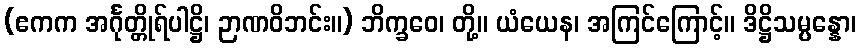
(ဧကက အင်္ဂုတ္တိုရ်ပါဋ္ဌိ၊ ဉာဏဝိဘင်း။) ဘိက္ခဝေ၊ တို့။ ယံယေန၊ အကြင်ကြောင့်။ ဒိဋ္ဌိသမ္ပန္နော၊